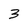
Character: 3